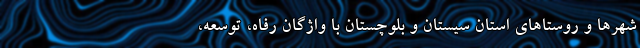
شهر‌ها و روستا‌های استان سیستان و بلوچستان با واژگان رفاه، توسعه،